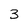
Character: 3